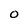
Character: 0